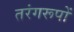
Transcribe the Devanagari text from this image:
तरंगरूपों